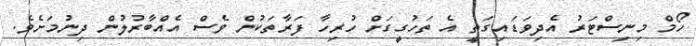
ހޯމް މިނިސްޓަރު އެދިވަޑައިގަތީ އެ ތަހުގީގަށް ހުރިހާ ފަރާތަކުން ވެސް އެއްބާރުލުން ދިނުމަށެވެ.